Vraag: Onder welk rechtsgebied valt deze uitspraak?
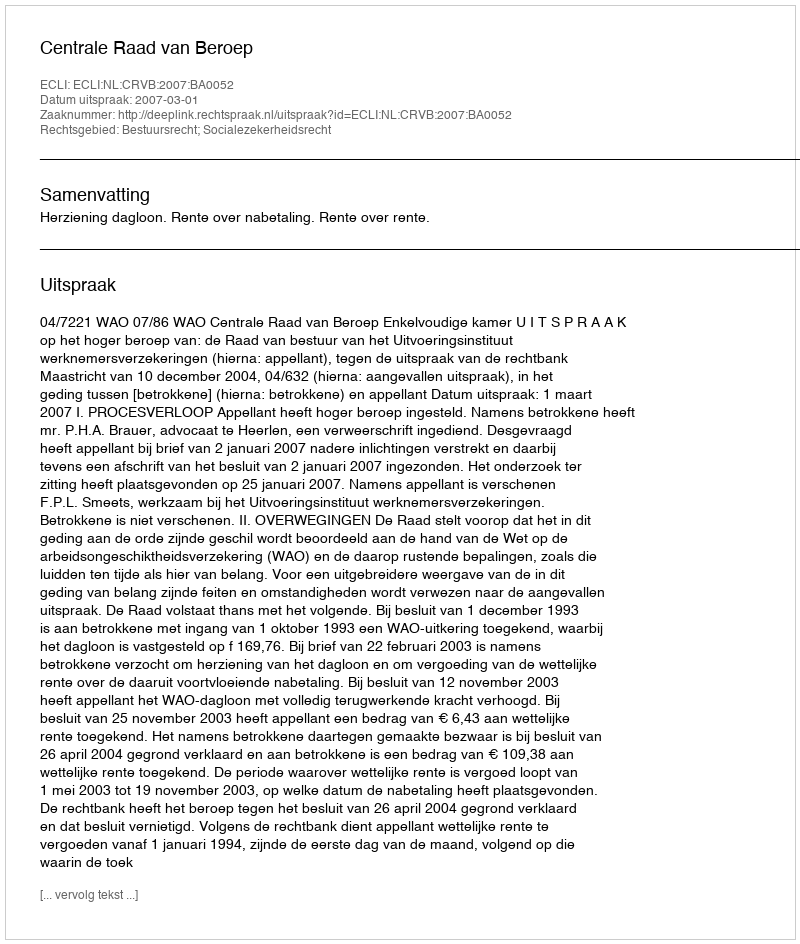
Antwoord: Bestuursrecht; Socialezekerheidsrecht